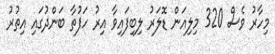
މިހާރު ވެސް 320 މިލިއަން ޑޮލަރު ލިބިފައިވާ އިރު ހަފުތާ ބަންދުގައި އިތުރު